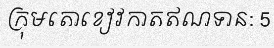
ក្រុមតោខៀវកាតឥណទាន: 5